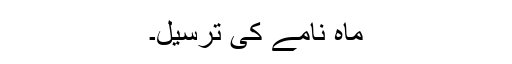
ماہ نامے کی ترسیل۔